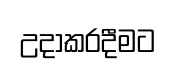
උදාකරදීමට